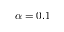
\alpha = 0 . 1